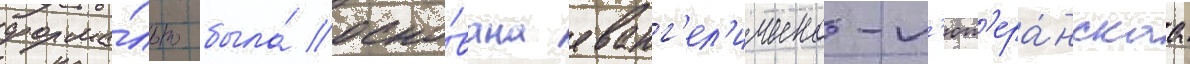
форма́льно была́ осно́вана еванг'ел'ическо-л'ют'ера́нскаа